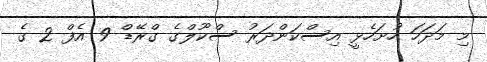
މި މަދަހަ ހުށަހެޅީ އިސްކަންދަރު ސްކޫލްގެ ގްރޭޑް 9 އެފް 2 ގެ